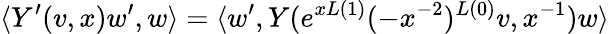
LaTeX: \langle Y^{\prime}(v,x)w^{\prime},w\rangle=\langle w^{\prime},Y(e^{xL(1)}(-x^{-2})^{L(0)}v,x^{-1})w\rangle